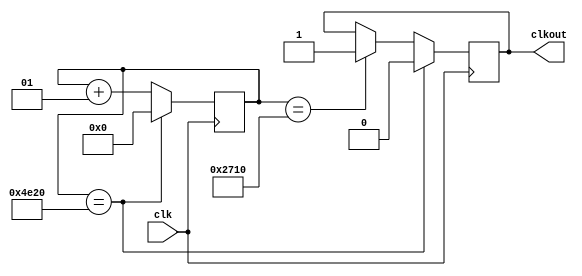
`timescale 1ns / 1ps

module ClockModulator(
	input clk,
	output reg clkout
    );

integer temp=0;
always @(posedge clk)
begin
	temp<=temp+1;
	if(temp==10000) clkout<=1;
	if(temp==20000)
	begin
		clkout<=0;
		temp<=0;
	end
end

endmodule